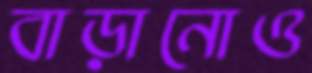
বাড়ানোও